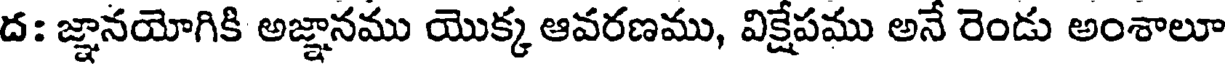
ద: జ్ఞానయోగికి అజ్ఞానము యొక్క ఆవరణము, విక్షేపము అనే రెండు అంశాలూ